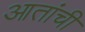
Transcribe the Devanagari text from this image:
आतांची